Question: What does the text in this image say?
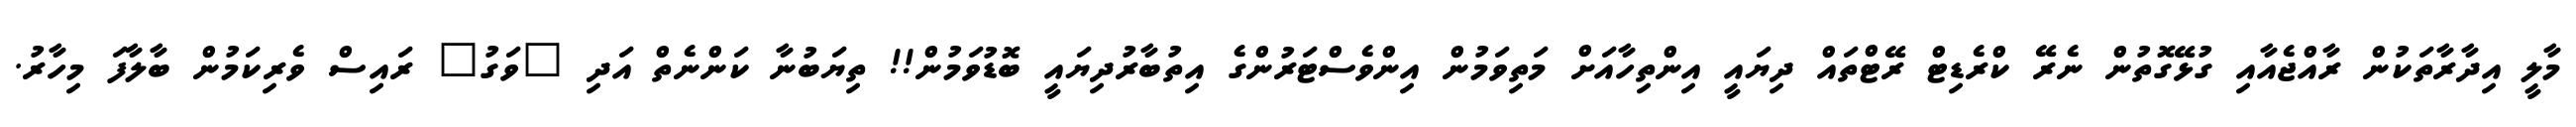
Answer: މާލީ އިދާރާތަކުން ރާއްޖެއާއި ގުޅޭގޮތުން ނެރޭ ކްރެޑިޓް ރޭޓްތައް ދިޔައީ އިންތިހާއަށް މަތިވަމުން އިންވެސްޓަރުންގެ އިތުބާރުދިޔައީ ބޮޑުވަމުން!! ތިޔަބުނާ ކަންނެތް އަދި "ވަގު" ރައިސް ވެރިކަމުން ބާލާފަ މިހާރު.